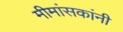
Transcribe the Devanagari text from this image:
मीमांसकांनी